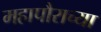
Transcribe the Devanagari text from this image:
महापौराच्या